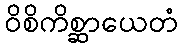
ဝိစိကိစ္ဆာယေတံ